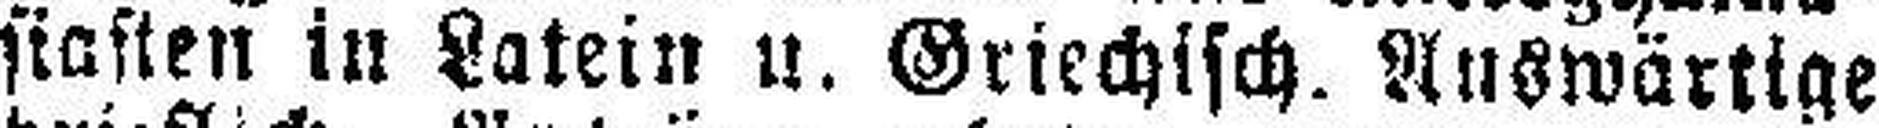
siasten in Latein u. Griechisch. Auswärtige